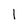
Character: 1